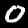
Digit: 0